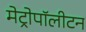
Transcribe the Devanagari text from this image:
मेट्रोपॉलीटन